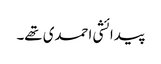
پیدائشی احمدی تھے۔